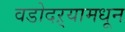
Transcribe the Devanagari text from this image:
वडोदऱ्यामधून